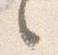
々